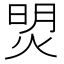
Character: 焽